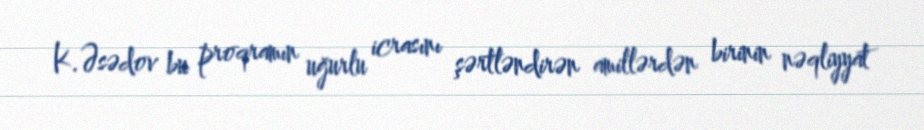
K.Əsədov bu proqramın uğurlu icrasını şərtləndirən amillərdən birinin nəqliyyat